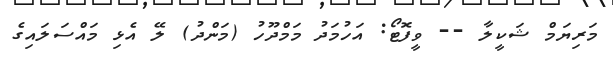
މަރިޔަމް ޝަކީލާ -- ވީފޮޓޯ: އަހުމަދު މަމްދޫހު (މަންދު) ލޭ އެޅި މައްސަލައިގެ